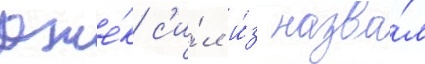
Дже́к с'и́л и́з назва́л